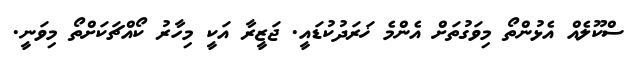
ސްކޫލެއް އެޅުންތޯ މިވަގުތަށް އެންމެ ޚަރަދުކުޑައީ. ޖަޒީރާ އަކީ މިހާރު ކޯއްޗަކަށްތޯ މިވަނީ.